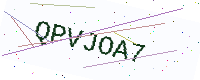
Text: QPVJOA7